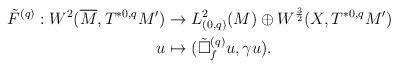
LaTeX: \begin{align*}\tilde F^{(q)}: W^2(\overline M, T^{*0,q}M')&\rightarrow L^{2}_{(0,q)}(M)\oplus W^{\frac{3}{2}}(X,T^{*0,q}M')\\u&\mapsto (\tilde\Box_f^{(q)}u, \gamma u).\end{align*}